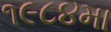
૧૯૮૪મા